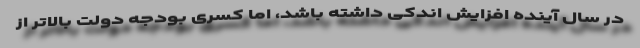
در سال آینده افزایش اندکی داشته باشد، اما کسری بودجه دولت بالاتر از